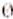
0